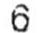
6